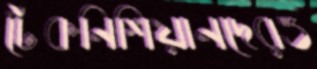
টেকনিশিয়ানদেরও